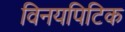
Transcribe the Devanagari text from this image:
विनयपिटिक